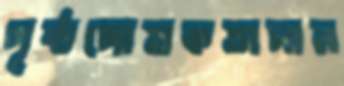
পৃষ্ঠপোষকতাদান